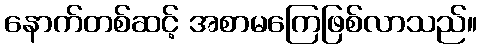
နောက်တစ်ဆင့် အစာမကြေဖြစ်လာသည်။